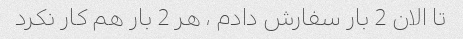
تا الان 2 بار سفارش دادم ، هر 2 بار هم کار نکرد